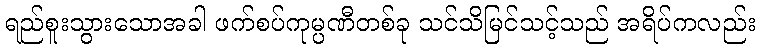
ရည်စူးသွားသောအခါ ဖက်စပ်ကုမ္ပဏီတစ်ခု သင်သိမြင်သင့်သည် အရိပ်ကလည်း